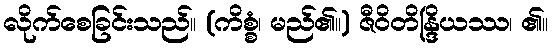
လိုက်စေခြင်းသည်။ (ကိစ္စံ၊ မည်၏။) ဇီဝိတိန္ဒြိယဿ၊ ၏။